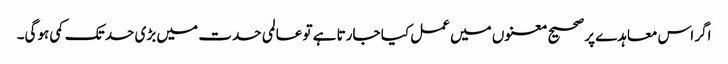
اگر اس معاہدے پر صحیح معنوں میں عمل کیا جارتا ہے تو عالمی حدت میں بڑی حد تک کمی ہوگی۔